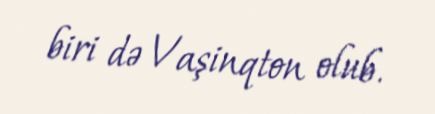
biri də Vaşinqton olub.